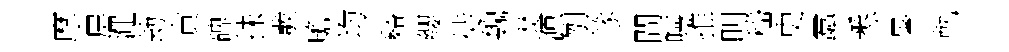
摩屏澠劫賁碑抺彂贍均谿纓徒魏焚源刎篴間嚀推明嵇史蠧悉暑軌